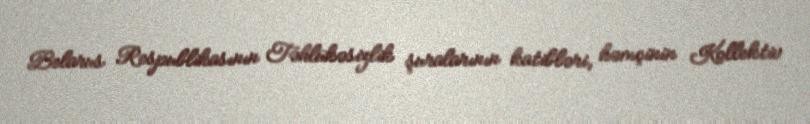
Belarus Respublikasının Təhlükəsizlik şuralarının katibləri, həmçinin Kollektiv